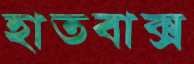
হাতবাক্স